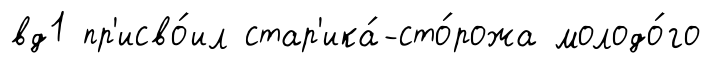
вд1 пр'исво́ил стар'ика́-сто́рожа молодо́го